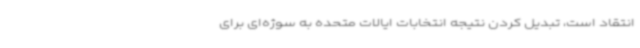
انتقاد است، تبدیل کردن نتیجه انتخابات ایالات متحده به سوژه‌ای برای